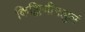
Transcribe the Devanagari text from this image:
किङ्किणीमञ्जुलं